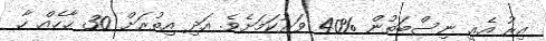
އިރު އެއީ ނިސްބަތުން %40 ވަރުކަމަށެވެ. އަދި އިތުރަށް 30 ޙާހެއް ހާ